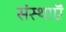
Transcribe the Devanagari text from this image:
संस्थाऍं